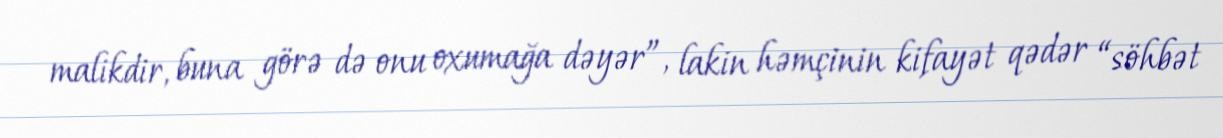
malikdir, buna görə də onu oxumağa dəyər”, lakin həmçinin kifayət qədər “söhbət